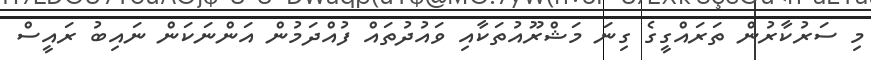
މި ސަރުކާރުން ތަރައްގީގެ ގިނަ މަޝްރޫއުތަކާއި ވައުދުތައް ފުއްދަމުން އަންނަކަން ނައިބު ރައީސް